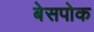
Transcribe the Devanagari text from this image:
बेसपोक